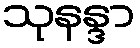
သုနန္ဒာ